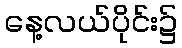
နေ့လယ်ပိုင်း၌